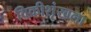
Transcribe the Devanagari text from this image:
विक्रीशृंखला